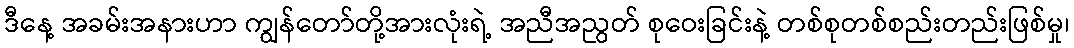
ဒီနေ့ အခမ်းအနားဟာ ကျွန်တော်တို့အားလုံးရဲ့ အညီအညွတ် စုဝေးခြင်းနဲ့ တစ်စုတစ်စည်းတည်းဖြစ်မှု၊